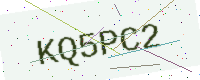
Text: KQ5PC2